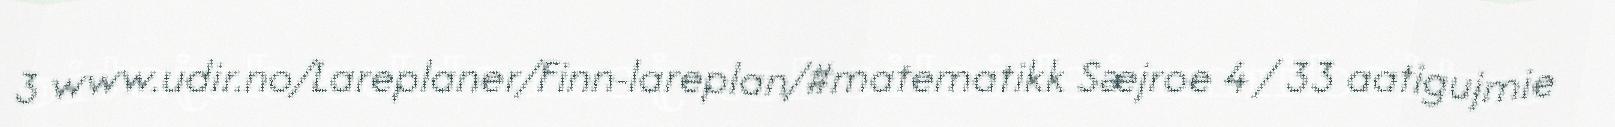
3 www.udir.no/Lareplaner/Finn-lareplan/#matematikk Sæjroe 4 / 33 aatigujmie